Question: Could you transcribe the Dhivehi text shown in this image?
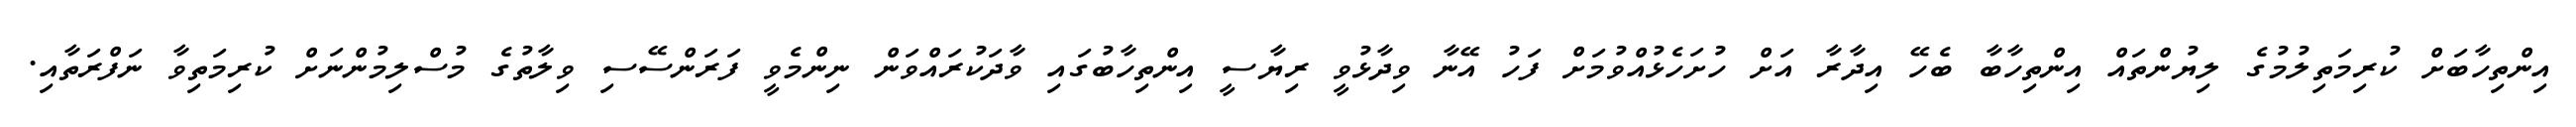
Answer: އިންތިހާބަށް ކުރިމަތިލުމުގެ ލިޔުންތައް އިންތިހާބާ ބެހޭ އިދާރާ އަށް ހުށަހެޅުއްވުމަށް ފަހު އޭނާ ވިދާޅުވީ ރިޔާސީ އިންތިހާބުގައި ވާދަކުރައްވަން ނިންމެވީ ފަރަންސޭސި ވިލާތުގެ މުސްލިމުންނަށް ކުރިމަތިވާ ނަފްރަތާއި.